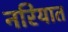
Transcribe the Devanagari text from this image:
नरियात